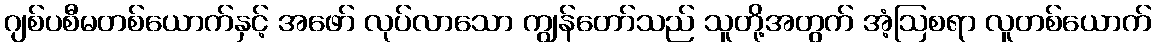
ဂျစ်ပစီမတစ်ယောက်နှင့် အဖော် လုပ်လာသော ကျွန်တော်သည် သူတို့အတွက် အံ့ဩစရာ လူတစ်ယောက်